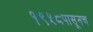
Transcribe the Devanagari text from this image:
१९५८पासूनच